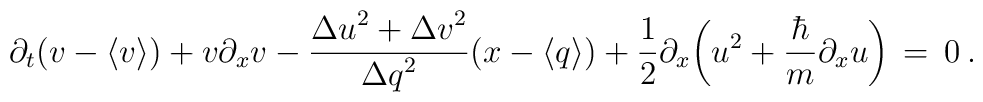
\partial_{t}(v-\langle v \rangle)+v\partial_{x}v - \frac{ {\Delta u}^2+{\Delta v}^2 }{{\Delta q}^2}(x-\langle q \rangle) +\frac{1}{2} \partial_{x}\bigg( u^2+\frac{\hbar}{m}\partial_{x} u\bigg)\,=\,0  \:.